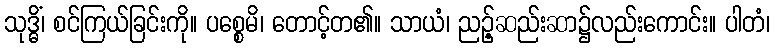
သုဒ္ဓိံ၊ စင်ကြယ်ခြင်းကို။ ပစ္စေမိ၊ တောင့်တ၏။ သာယံ၊ ညဉ့်ဆည်းဆာ၌လည်းကောင်း။ ပါတံ၊